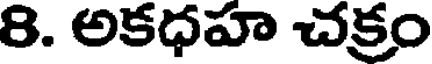
8. అకధహ చక్రం